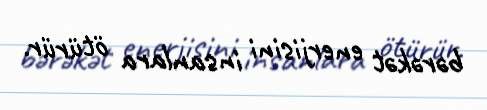
bərəkət enerjisini insanlara ötürür.